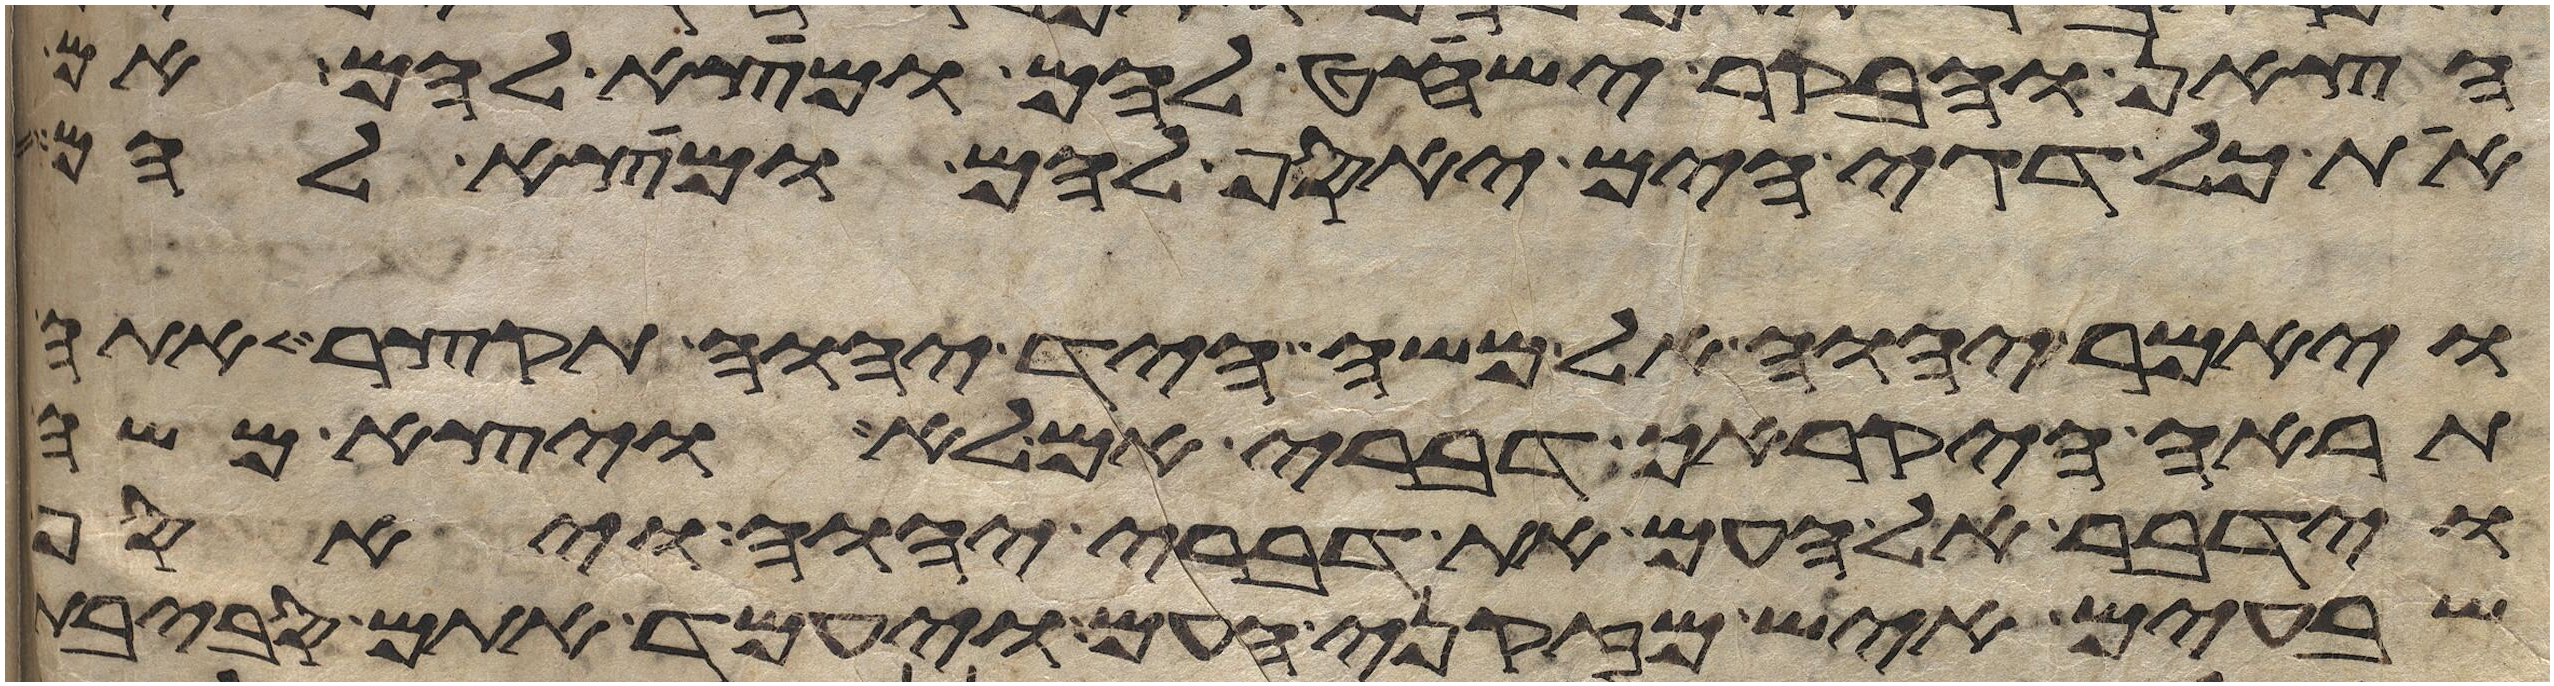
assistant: הצאן והבקר ישחט להם ומצא להם אם
את כל דגי הים יאסף להם ומצא להם
ויאמר יהוה אל משה היד יהוה תקצר אתה
תראה היקרך דברי אם לא ויצא משה
וידבר אל העם את דברי יהוה ויאסף
שבעים איש מזקני העם ויעמד אתם סביבת